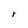
Character: r